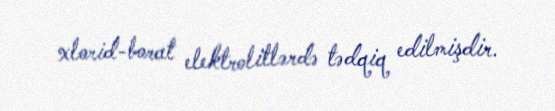
xlorid-borat elektrolitlərdə tədqiq edilmişdir.